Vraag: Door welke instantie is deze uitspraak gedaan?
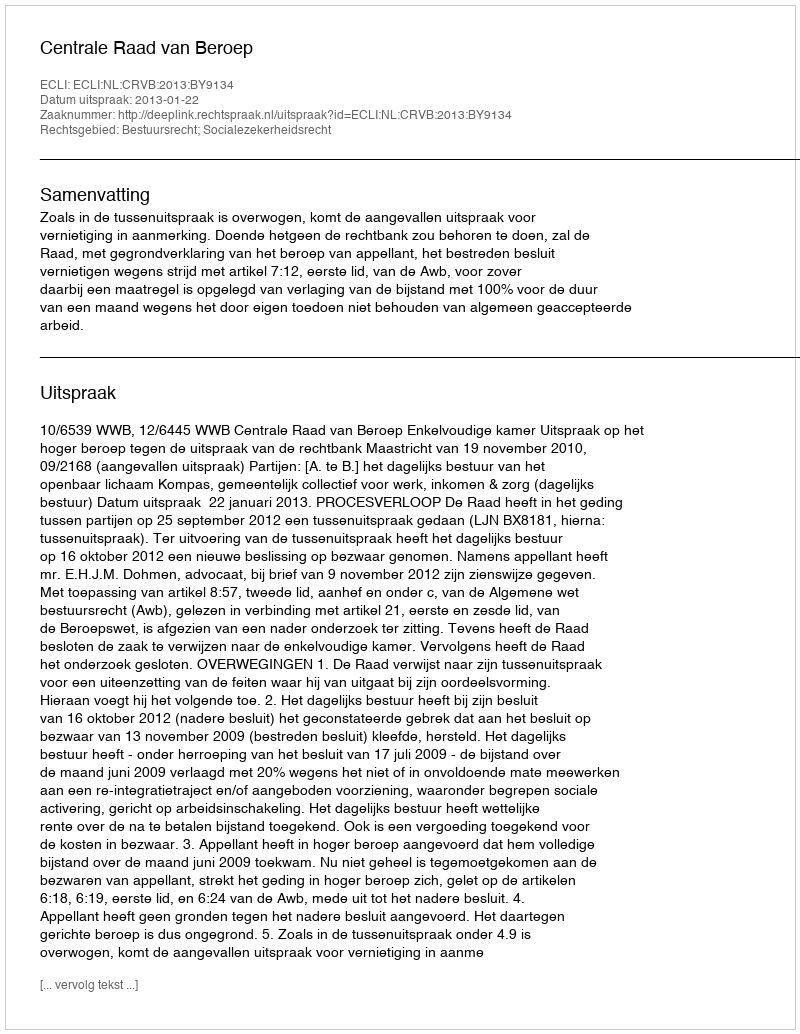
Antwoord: Centrale Raad van Beroep